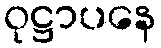
ဝုဋ္ဌာပနေ